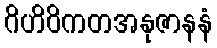
ဂိဟိဝိကတအနုဇာနနံ